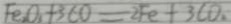
F e _ { 2 } O _ { 3 } + 3 C O = 2 F e + 3 C O .